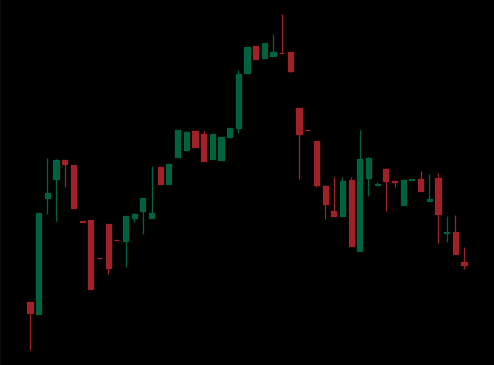
Pattern: head_shoulders